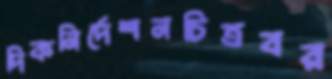
দিকনির্দেশনচিত্রবর